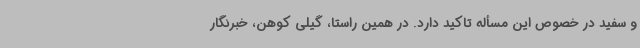
و سفید در خصوص این مسأله تاکید دارد. در همین راستا، گیلی کوهن، خبرنگار